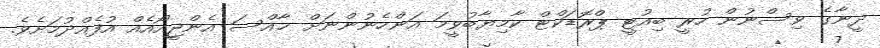
ދީނާގެ ވިސްނުން ހުރީ ބިއުޓީ ޕްރޮޑަކްޓް ކާމިޔާބުވީމަ އަންހެނުންނަށް ޚާއްސަ އެންޖީއޯއެއް އުފެއްދުމަށެވެ.